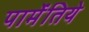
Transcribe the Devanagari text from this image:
पार्मेंतिये